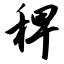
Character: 稗